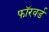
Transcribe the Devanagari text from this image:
फाॅरवर्ड